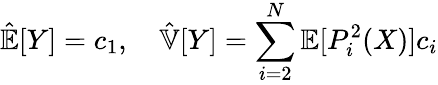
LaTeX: \hat{\mathbb{E}}[Y]=c_{1},\quad\hat{\mathbb{V}}[Y]=\sum_{i=2}^{N}\mathbb{E}[P_{i}^{2}(X)]c_{i}